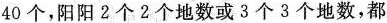
40个，阳阳2个2个地数或3个3个地数，都